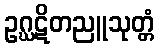
ဥဂ္ဃဋိတညူသုတ္တံ